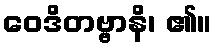
ဝေဒိတဗ္ဗာနိ၊ ၏။